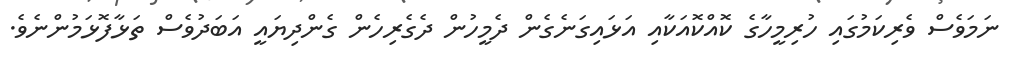
ނަމަވެސް ވެރިކަމުގައި ހުރިމީހާގެ ކޮއްކޮއަކާއި އަޅައިގަނެގެން ދެމީހުން ދެގެރިހެން ގެންދިޔައީ އަބަދުވެސް ތަޅާފޮޅަމުންނެވެ.